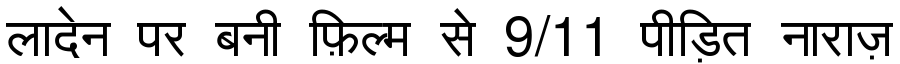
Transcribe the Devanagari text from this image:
लादेन पर बनी फ़िल्म से 9/11 पीड़ित नाराज़